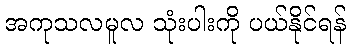
အကုသလမူလ သုံးပါးကို ပယ်နိုင်ရန်